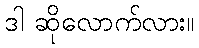
ဒါ ဆိုလောက်လား။